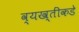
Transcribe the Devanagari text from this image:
व्यख्तींकडे